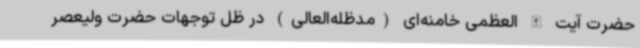
حضرت آیت الله العظمی خامنه‌ای (مدظله‌العالی) در ظل توجهات حضرت ولیعصر